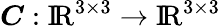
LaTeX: {\boldsymbol{C}}:\mathrm{{I\! R}}^{3\times 3}\rightarrow\mathrm{{I\! R}}^{3\times 3}